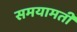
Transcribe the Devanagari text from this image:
समयामती